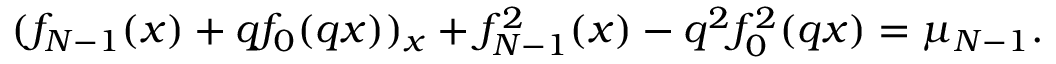
( f _ { N - 1 } ( x ) + q f _ { 0 } ( q x ) ) _ { x } + f _ { N - 1 } ^ { 2 } ( x ) - q ^ { 2 } f _ { 0 } ^ { 2 } ( q x ) = \mu _ { N - 1 } .